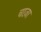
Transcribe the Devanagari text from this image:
चाज़ा